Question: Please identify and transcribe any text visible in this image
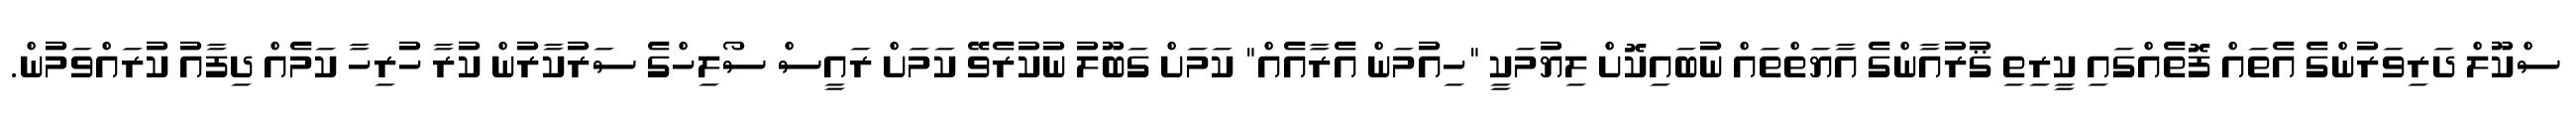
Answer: ސްކޫލް ދަރިވަރުންގެ އެތައް ފޮތެއްގައި ކީރިތި ޤުރުއާންގެ އާޔަތްތައް ނުބައިކޮށް ލިޔުމަކީ "ހިއުމަން އެރާއެއް" ކަމަށް ގަބޫލު ނުކުރެވޭ ކަމަށް ރައީސް ސޯލިހްގެ ސަރުކާރުން ކުރާ ހުރިހާ ކަމެއް ދިފާއު ކުރައްވަމުން.